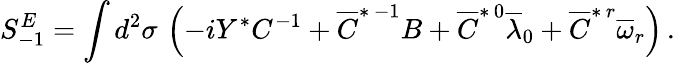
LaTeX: S_{-1}^{E}=\int d^{2}\sigma\, \left(-iY^{*}C^{-1}+\overline{{{C}}}^{*\, -1}B+\overline{{{C}}}^{*\, 0}\overline{{{\lambda}}}_{0}+\overline{{{C}}}^{*\, r}\overline{{{\omega}}}_{r}\right)\, .